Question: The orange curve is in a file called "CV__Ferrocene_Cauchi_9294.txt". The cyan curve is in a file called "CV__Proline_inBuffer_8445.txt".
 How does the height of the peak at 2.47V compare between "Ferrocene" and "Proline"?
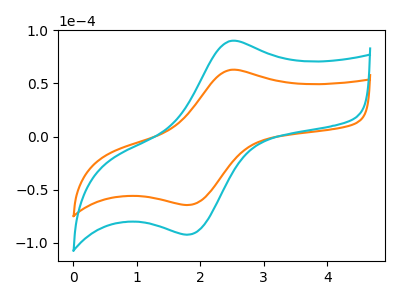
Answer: <think>The orange curve "Ferrocene" has an anodic peak at (2.45V, 62.75uA) and a cathodic peak at (1.80V, -64.45uA). The cyan curve "Proline" has an anodic peak at (2.45V, 89.95uA) and a cathodic peak at (1.80V, -92.40uA).</think>
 <answer>The peak at 2.47V is lower in "Ferrocene" than in "Proline".</answer>
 <eval>lower</eval>